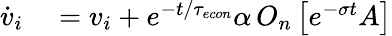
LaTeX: \begin{array}{rl}{\dot{v}_{i}}&{{}=v_{i}+e^{-t/{\tau_{econ}}}\alpha\, O_{n}\left[e^{-\sigma t}A\right]}\end{array}